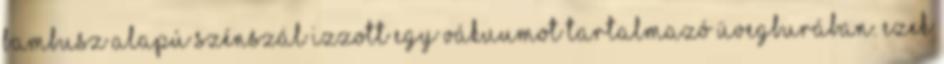
bambusz alapú szénszál izzott egy vákuumot tartalmazó üvegburában. Ezek